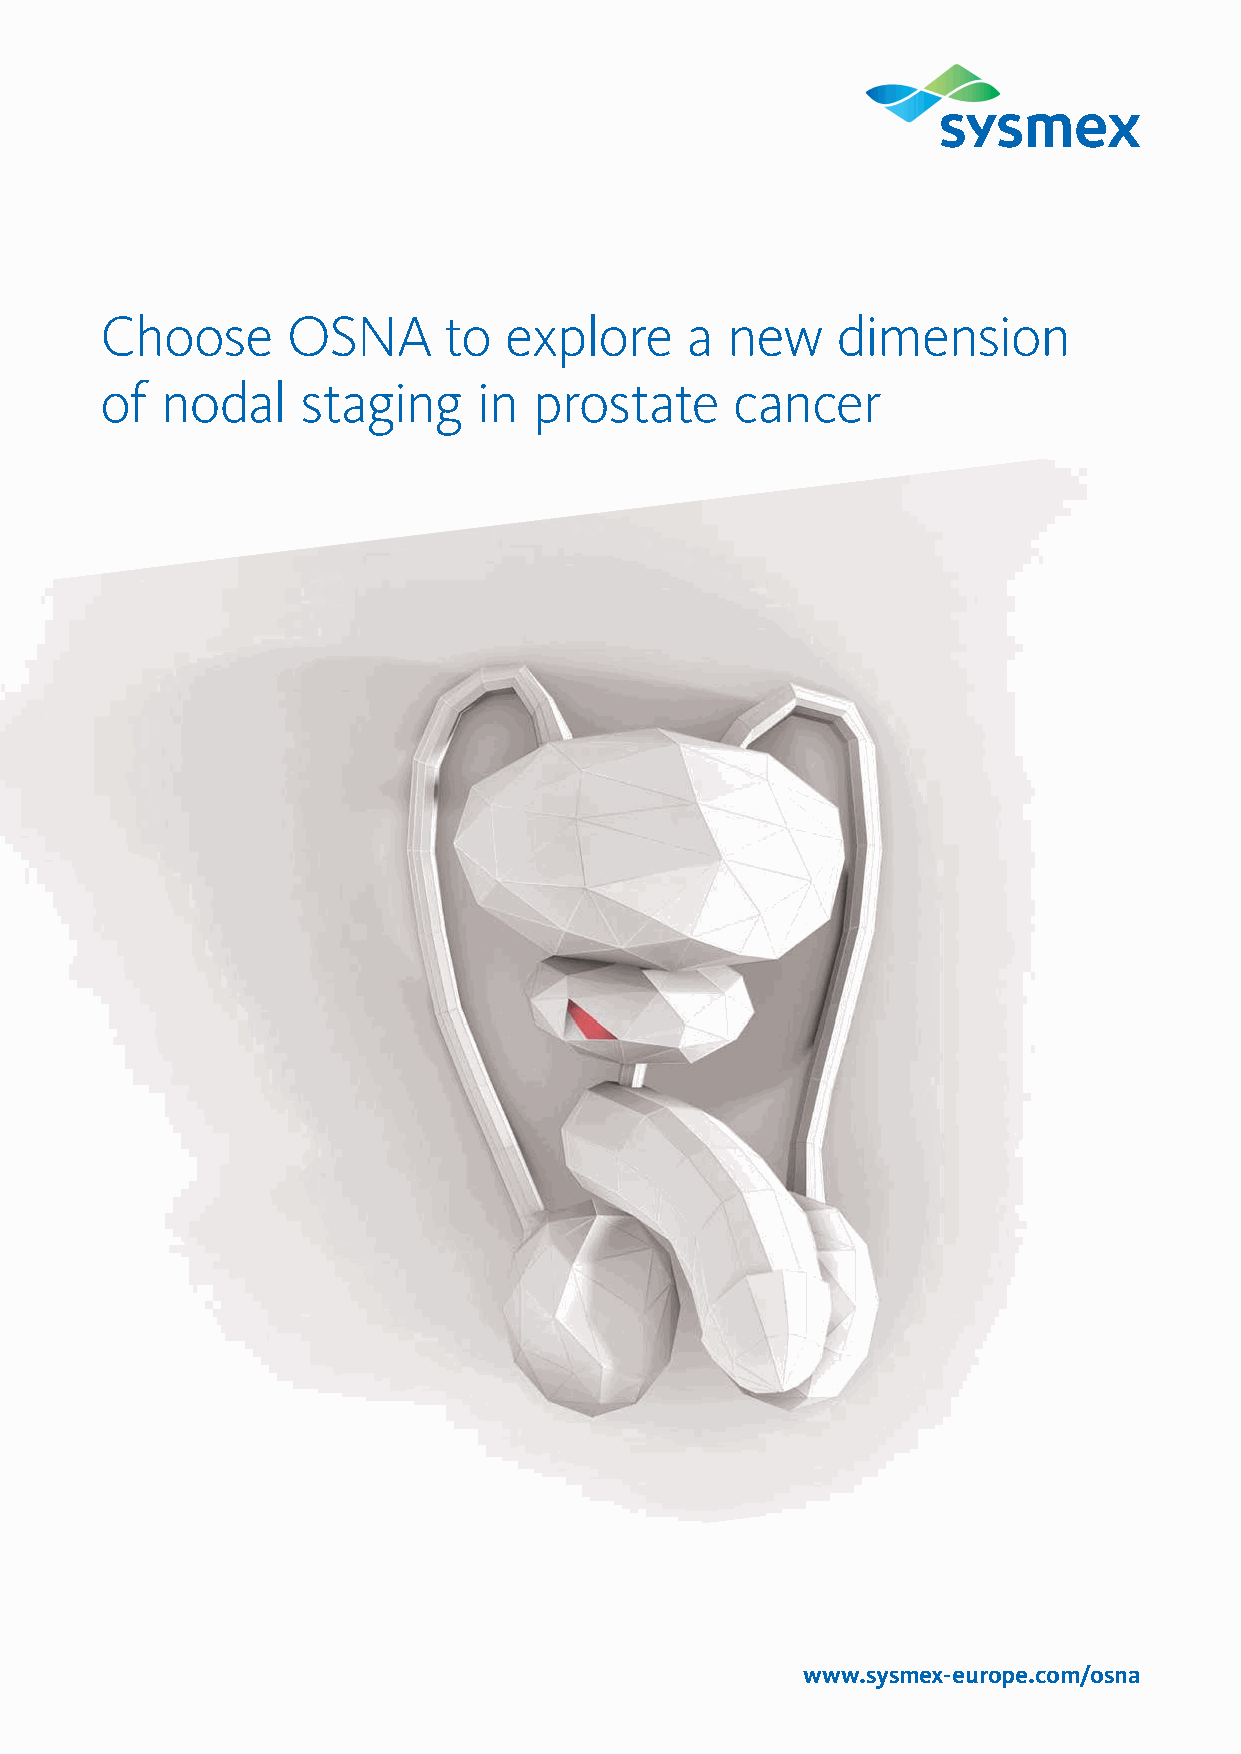
Choose      OSNA      to  explore     a  new    dimension
 of  nodal    staging     in prostate      cancer
 www.sysmex-europe.com/osna